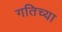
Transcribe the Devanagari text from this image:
गतिच्या